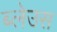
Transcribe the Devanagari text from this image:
ब्लेउस